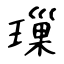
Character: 璅